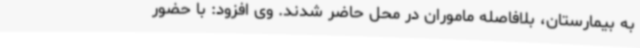
به بیمارستان، بلافاصله ماموران در محل حاضر شدند. وی افزود: با حضور